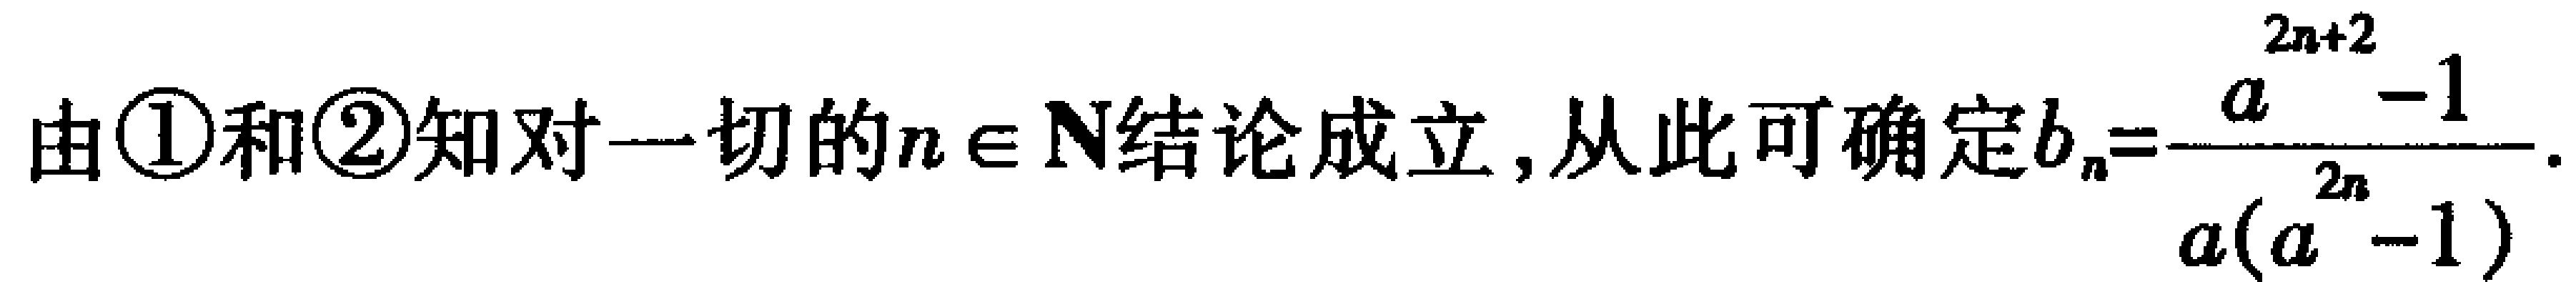
由\textcircled{1}和\textcircled{2}知对一切的\(n \in \mathbf{N}\)结论成立, 从此可确定\(b_{n}=\frac{a^{2n + 2}-1}{a(a^{2n}-1)}\).